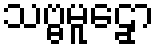
သဗ္ဗမူဠှော